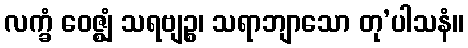
လက္ခံ ဝေဇ္ဈံ သရဗျဉ္စ၊ သရာဘျာသော တု’ပါသနံ။